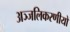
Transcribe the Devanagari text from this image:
अञ्जलिकरणीयो